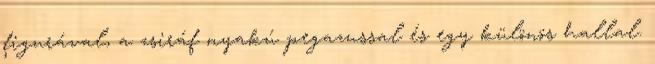
figurával, a zsiráf nyakú pegazussal és egy különös hallal.